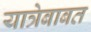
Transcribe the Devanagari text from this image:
यात्रेबाबत